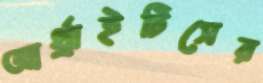
আর্থ্রাইটিসের